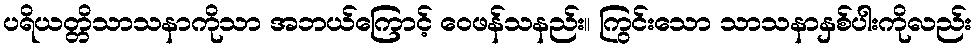
ပရိယတ္တိသာသနာကိုသာ အဘယ်ကြောင့် ဝေဖန်သနည်း။ ကြွင်းသော သာသနာနှစ်ပါးကိုလည်း